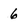
Character: 6